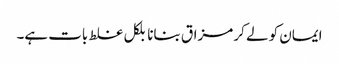
ایمان کو لے کر مزاق بنانا بلکل غلط بات ہے۔